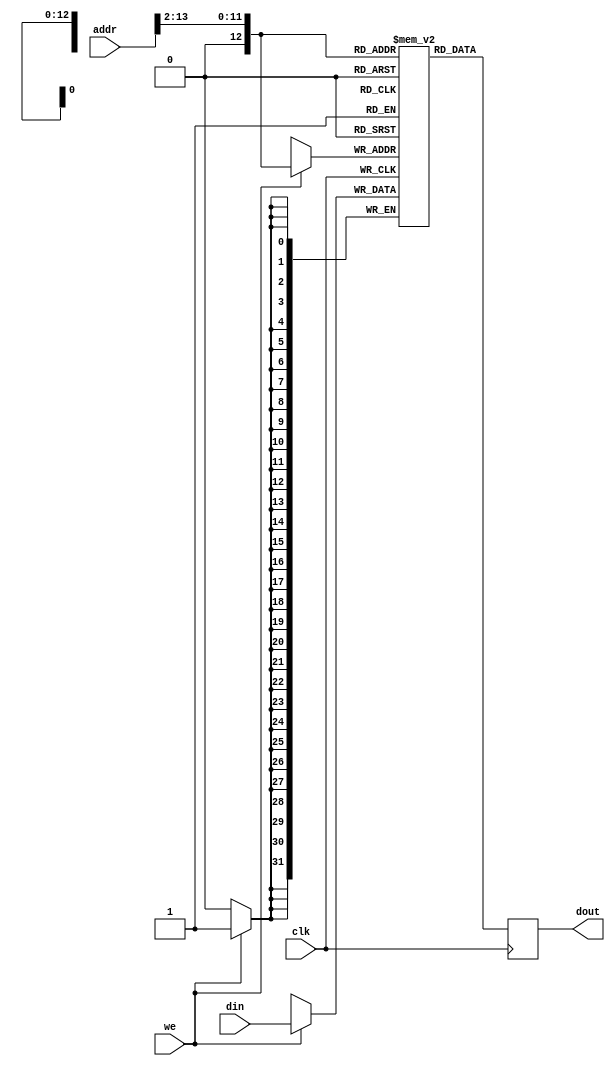
// Initializing Block RAM from external data file
// Binary data

module rams_init_file #(
    parameter MEM_INIT_FILE="",
    parameter INIT_FILE_BIN=1,
    parameter MEM_SIZE=2**12) (clk, we, addr, din, dout);

input clk;
input we;
input [$clog2(MEM_SIZE*4)-1:0] addr;
input [31:0] din;
output [31:0] dout;


reg [31:0] ram [0:MEM_SIZE];
reg [31:0] dout;

integer flen;
initial begin
    if (MEM_INIT_FILE != "") begin
        if (INIT_FILE_BIN==1) begin
            $readmemb(MEM_INIT_FILE, ram);
        end
        else begin
            $readmemh(MEM_INIT_FILE, ram);
        end
    end
end

always @(posedge clk)
begin
  if (we)
     ram[addr >> 2] <= din;
  dout <= ram[addr >> 2];
end endmodule